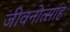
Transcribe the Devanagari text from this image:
जीवनोत्साह